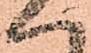
ハ